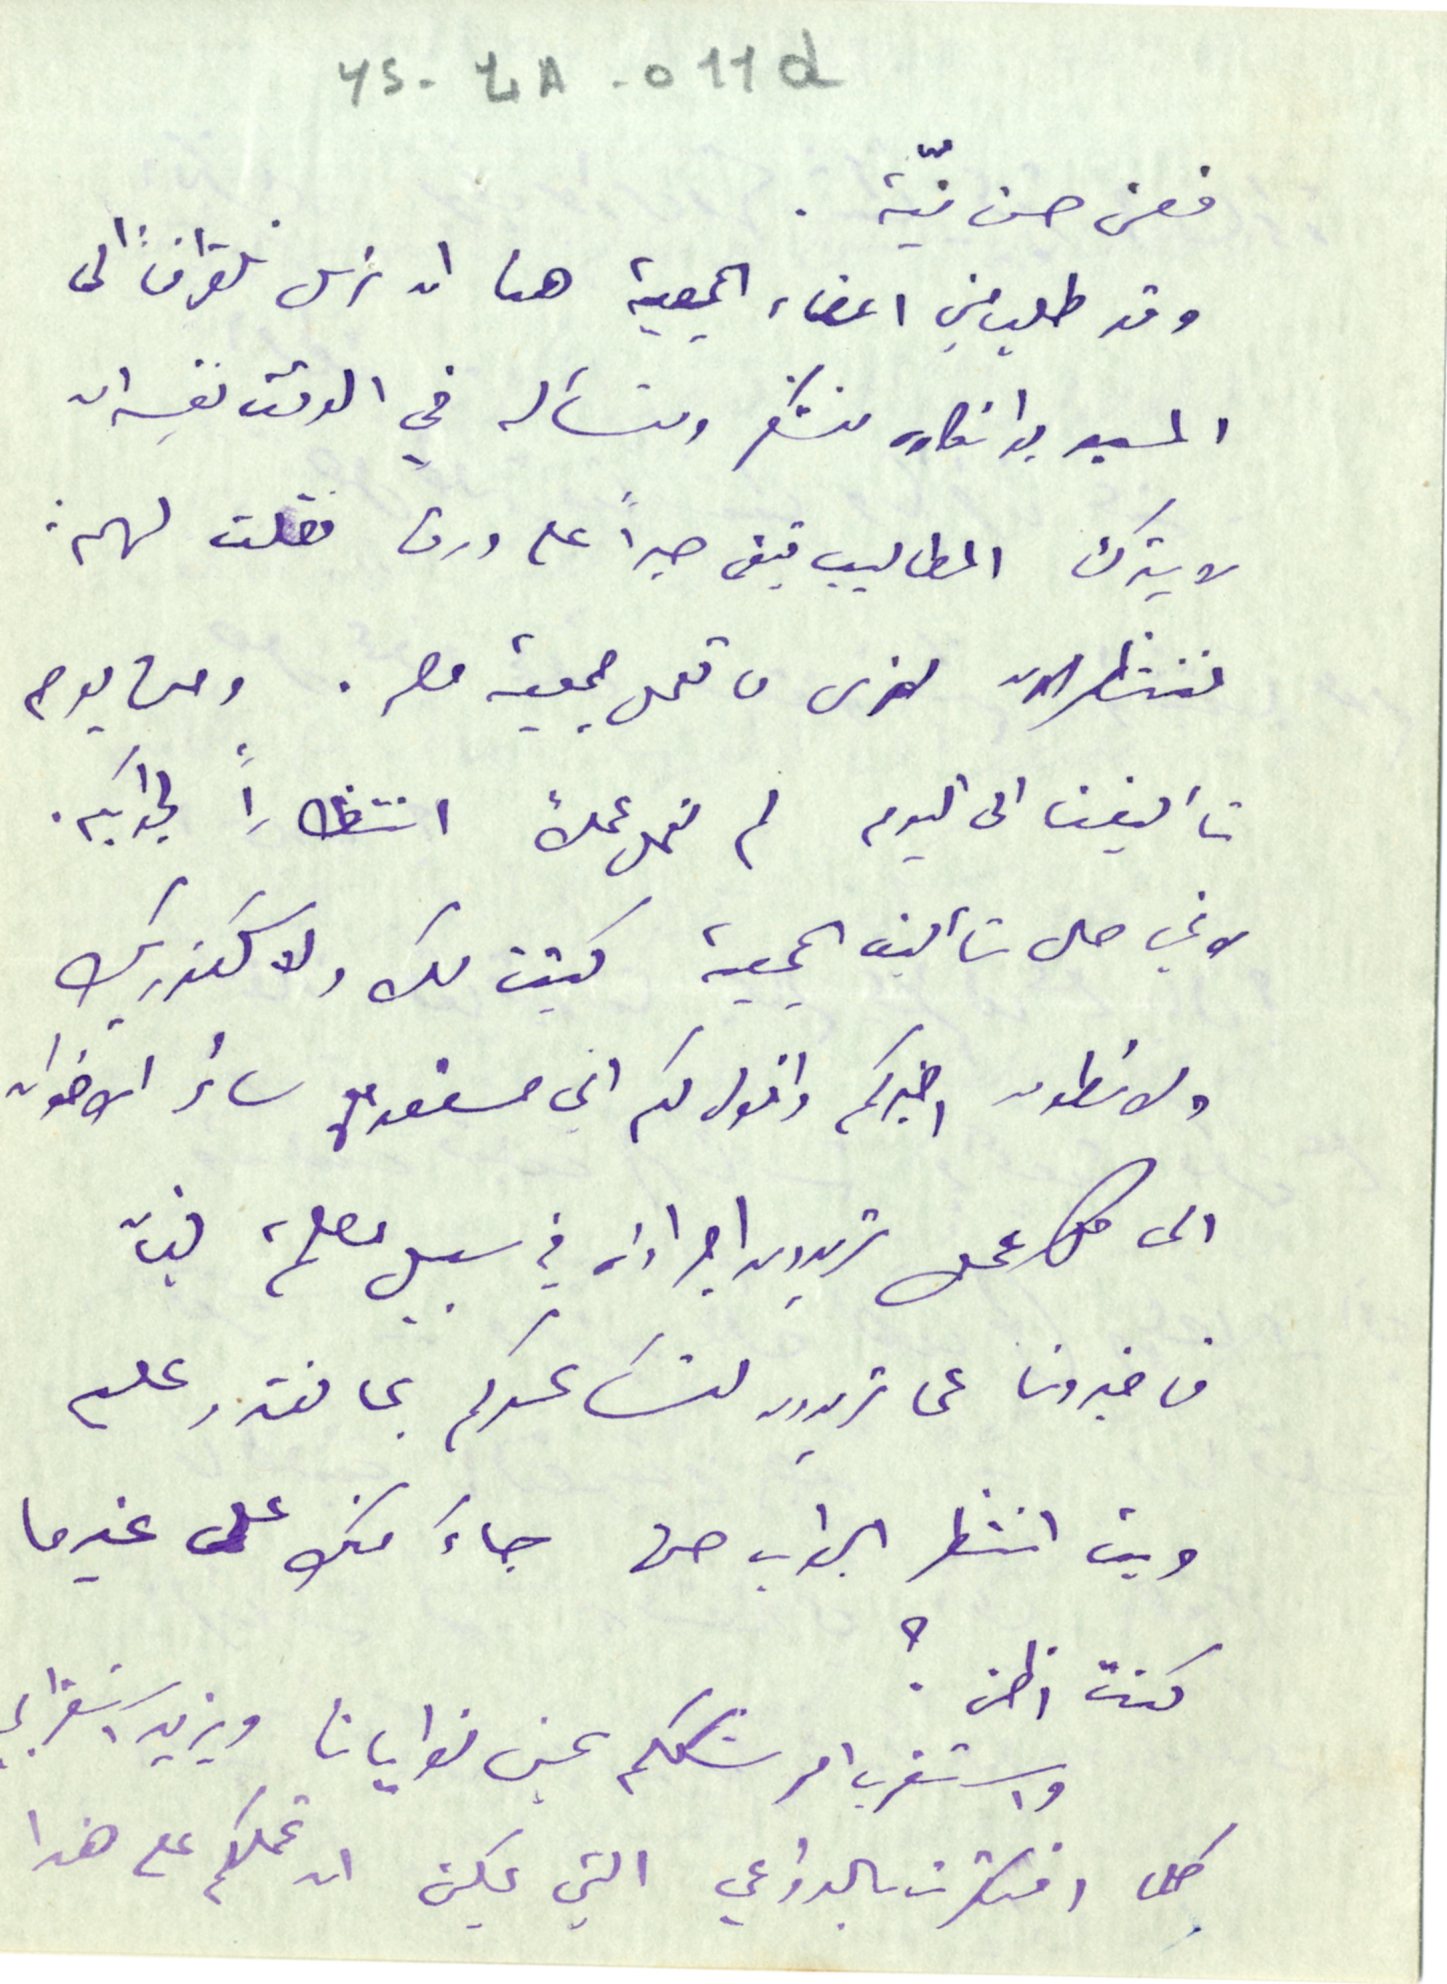
YS-4A-011d
فعن حسن نيّة.
وقد طلب مني اعضاء الجمعية هنا ان نرسل تلغرافاً الى
المسيو بوانكاره نشكر ونسأله في الوقت نفسه ان
لا يترك المطاليب تبقى حبراً على ورق فقلت لهم:
ننتظر الان لنرى ما تعمل جمعية مصر. ومن يوم
تأليفنا الى اليوم لم نعمل عملاً انتظاراً لجوابكم.
 لاني حال تأليف الجمعية كتبت لك ولاسكندر بك
ولانطون اخبركم واقول لكم اني مستعد مع سائر الاخوان
الى كل عمل تريدون اجراؤه في سبيل مصلحة لبنان
فاخبرونا عما تريدون لنساعدكم بما نقدر عليه
وبت انتظر الجواب حتى جاءَ منك على غيرما
كنت اظن ؟
واستغرب امر شككم بحسن نوايانا ويزيد استغرابى
كلما افتكرت بالدواعي التي يمكن ان تحملكم على هذا